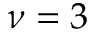
\nu = 3